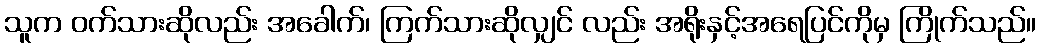
သူက ဝက်သားဆိုလည်း အခေါက်၊ ကြက်သားဆိုလျှင် လည်း အရိုးနှင့်အရေပြင်ကိုမှ ကြိုက်သည်။